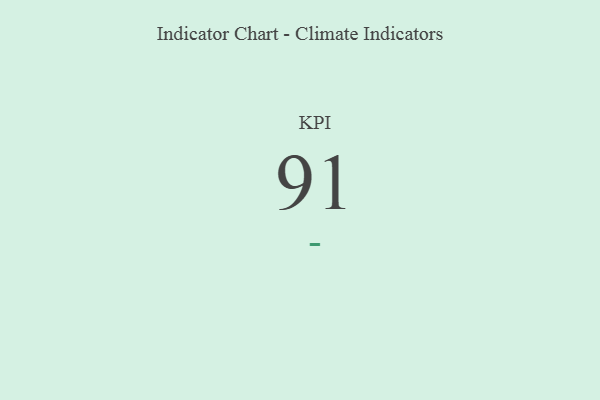
{"axis": {"x": "KPI", "y": "Value"}, "legend": [""], "data": [{"x": "KPI", "y": 91, "type": ""}]}